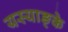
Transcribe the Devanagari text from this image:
यस्याङ्के